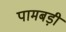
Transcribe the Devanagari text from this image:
पामबड़ी